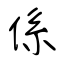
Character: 係